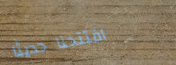
افتتحنا حديثاً